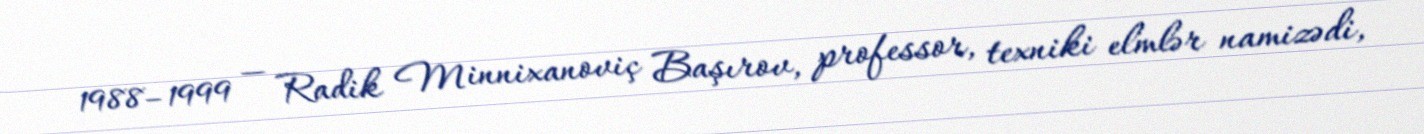
1988–1999 — Radik Minnixanoviç Başırov, professor, texniki elmlər namizədi,